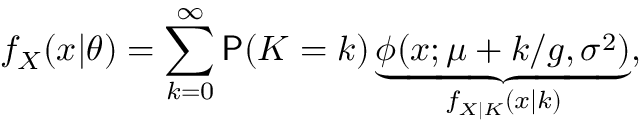
f _ { X } ( x | \theta ) = \sum _ { k = 0 } ^ { \infty } \mathsf P ( K = k ) \underbrace { \phi ( x ; \mu + k / g , \sigma ^ { 2 } ) } _ { f _ { X | K } ( x | k ) } ,